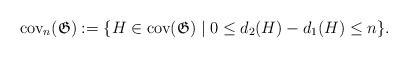
LaTeX: \begin{align*}\mathrm{cov}_n(\mathfrak{G}):=\lbrace H\in\mathrm{cov}(\mathfrak{G})\mid 0\le d_2(H)-d_1(H)\le n\rbrace.\end{align*}